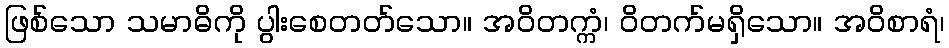
ဖြစ်သော သမာဓိကို ပွါးစေတတ်သော။ အဝိတက္ကံ၊ ဝိတက်မရှိသော။ အဝိစာရံ၊